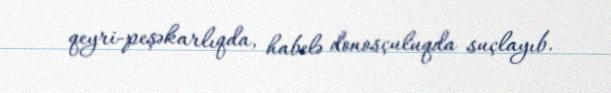
qeyri-peşəkarlıqda, habelə donosçuluqda suçlayıb.